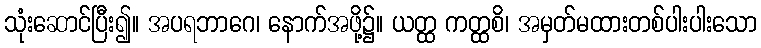
သုံးဆောင်ပြီး၍။ အပရဘာဂေ၊ နောက်အဖို့၌။ ယတ္ထ ကတ္ထစိ၊ အမှတ်မထားတစ်ပါးပါးသော